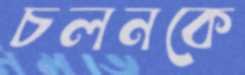
চলনকে